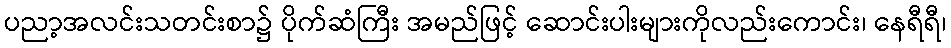
ပညာ့အလင်းသတင်းစာ၌ ပိုက်ဆံကြီး အမည်ဖြင့် ဆောင်းပါးများကိုလည်းကောင်း၊ နေရီရီ၊